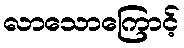
လာသောကြောင့်